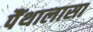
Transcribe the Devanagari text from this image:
पैंथालासा